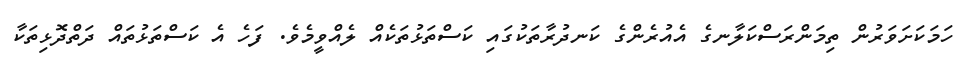
ހަމަކަށަވަރުން ތިމަންރަސްކަލާނގެ އެއުރެންގެ ކަނދުރާތަކުގައި ކަސްތަޅުތަކެއް ލެއްވީމެވެ. ފަހެ އެ ކަސްތަޅުތައް ދަތްދޮޅިތަކާ